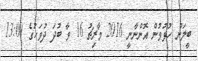
ބީލަން ހުޅުވުން އޮންނާނީ 2016 މާރިޗު 16 ވާ ބުދަ ދުވަހުގެ 13:00